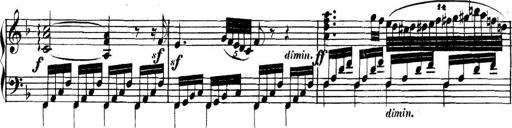
Title: Collected Piano Sonatas
Composer: Muzio Clementi